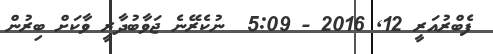
ފެބްރުއަރީ 12